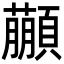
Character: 𩕕